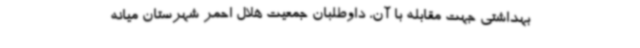
بهداشتی جهت مقابله با آن، داوطلبان جمعیت هلال احمر شهرستان میانه